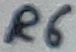
Text: R6